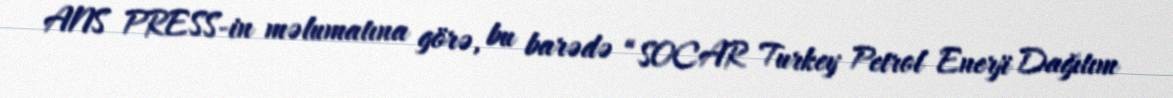
ANS PRESS-in məlumatına görə, bu barədə “SOCAR Turkey Petrol Enerji Dağıtım